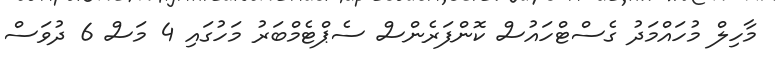
މާހިލް މުހައްމަދު ގެސްޓްހައުސް ކޮންފަރެންސް ސެޕްޓެމްބަރު މަހުގައި 4 މަސް 6 ދުވަސް